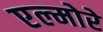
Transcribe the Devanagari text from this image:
एल्मोरे